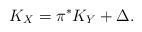
LaTeX: \begin{align*}K_X=\pi^{\ast}K_Y+\Delta.\end{align*}